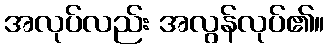
အလုပ်လည်း အလွန်လုပ်၏။